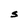
Character: S